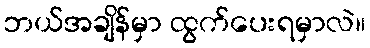
ဘယ်အချိန်မှာ ထွက်ပေးရမှာလဲ။